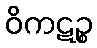
ဝိကဋဉ္စ